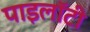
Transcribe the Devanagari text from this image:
पाइलॉटी